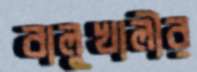
বালুখালীর